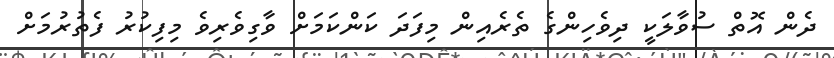
ދެން އޮތް ސުވާލަކީ ދިވެހިންގެ ތެރެއިން މިފަދަ ކަންކަމަށް ވާގިވެރިވެ މިފިކުރު ފެތުރުމަށް